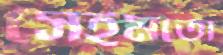
সেইমতো